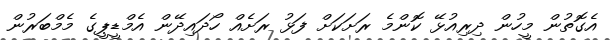
އެގޮތުން މީހުން ދިރިއުޅޭ ކޮންމެ ރަށަކަށް ފަޅު ރަށެއް ހޯދައިދޭން އެމްޑީޕީގެ މެމްބަރުން